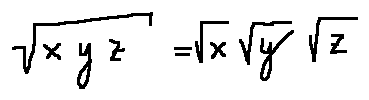
\sqrt { x y z } = \sqrt { x } \sqrt { y } \sqrt { z }